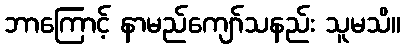
ဘာကြောင့် နာမည်ကျော်သနည်း သူမသိ။